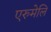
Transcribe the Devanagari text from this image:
एरुमेलि